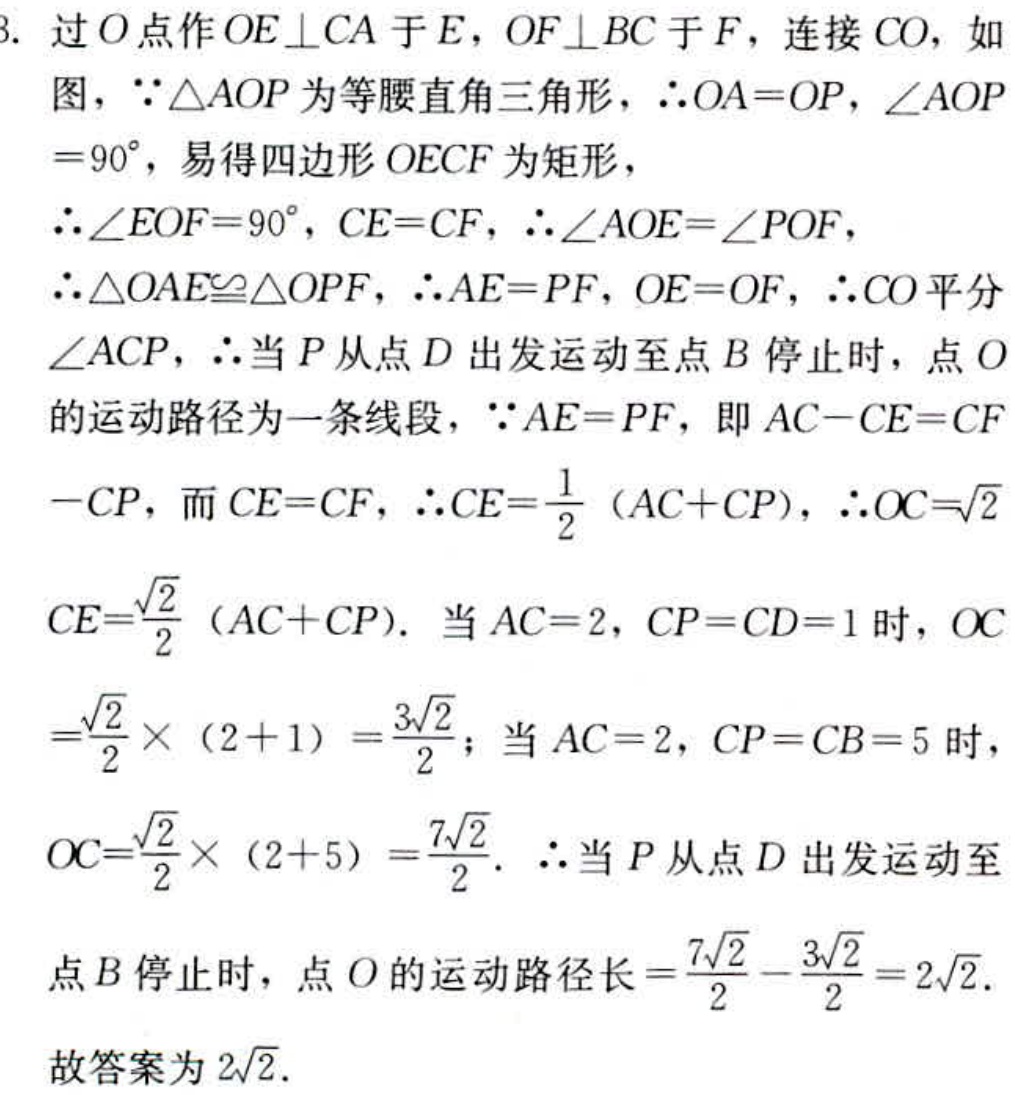
3. 过\(O\)点作\(OE\perp CA\)于\(E\)，\(OF\perp BC\)于\(F\)，连接\(CO\)，如图，\(\because\triangle AOP\)为等腰直角三角形，\(\therefore OA = OP\)，\(\angle AOP=90^{\circ}\)，易得四边形\(OECF\)为矩形，
\(\therefore\angle EOF = 90^{\circ}\)，\(CE = CF\)，\(\therefore\angle AOE=\angle POF\)，
\(\therefore\triangle OAE\cong\triangle OPF\)，\(\therefore AE = PF\)，\(OE = OF\)，\(\therefore CO\)平分\(\angle ACP\)，\(\therefore\)当\(P\)从点\(D\)出发运动至点\(B\)停止时，点\(O\)的运动路径为一条线段，\(\because AE = PF\)，即\(AC - CE=CF - CP\)，而\(CE = CF\)，\(\therefore CE=\frac{1}{2}(AC + CP)\)，\(\therefore OC=\sqrt{2}CE=\frac{\sqrt{2}}{2}(AC + CP)\)．当\(AC = 2\)，\(CP = CD = 1\)时，\(OC=\frac{\sqrt{2}}{2}\times(2 + 1)=\frac{3\sqrt{2}}{2}\)；当\(AC = 2\)，\(CP = CB = 5\)时，\(OC=\frac{\sqrt{2}}{2}\times(2 + 5)=\frac{7\sqrt{2}}{2}\)．\(\therefore\)当\(P\)从点\(D\)出发运动至点\(B\)停止时，点\(O\)的运动路径长\(=\frac{7\sqrt{2}}{2}-\frac{3\sqrt{2}}{2}=2\sqrt{2}\)．
故答案为\(2\sqrt{2}\)．